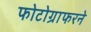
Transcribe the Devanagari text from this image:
फोटोग्राफरने